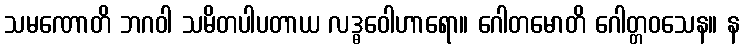
သမဏောတိ ဘဂဝါ သမိတပါပတာယ လဒ္ဓဝေါဟာရော။ ဂေါတမောတိ ဂေါတ္တဝသေန။ န